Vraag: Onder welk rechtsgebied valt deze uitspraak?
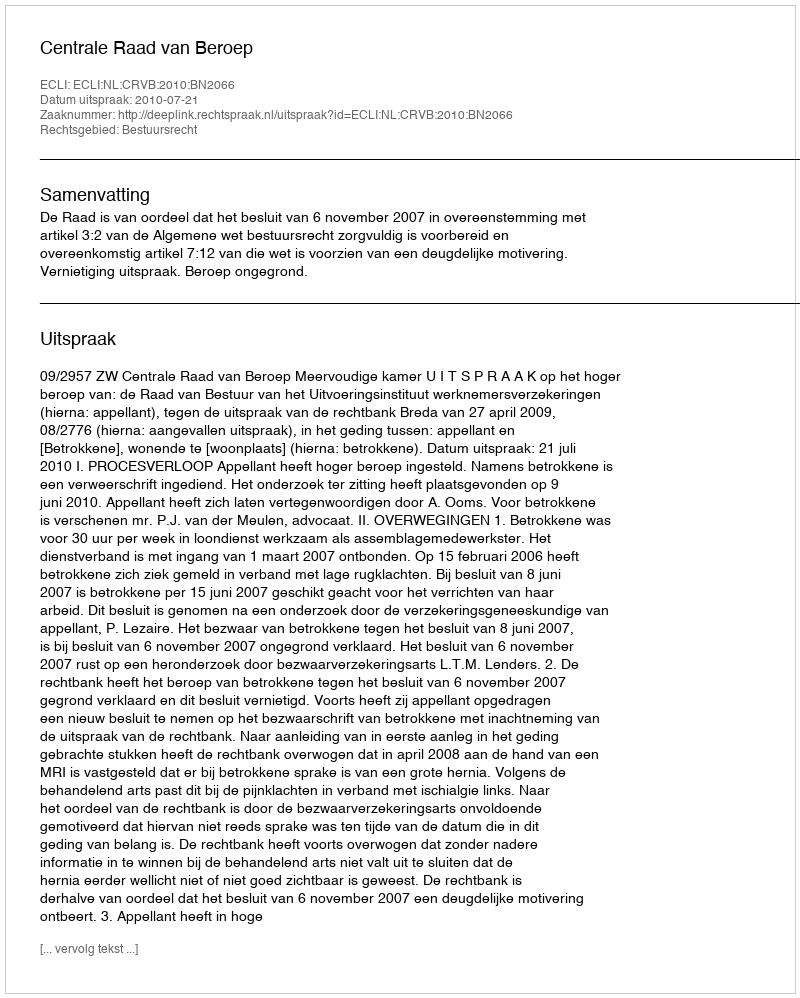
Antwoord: Bestuursrecht